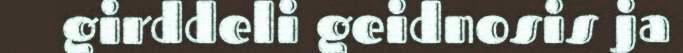
girddeli geidnosis ja